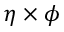
{ \eta \times \phi }